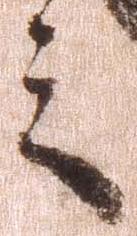
之